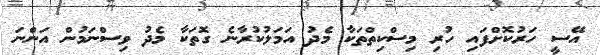
އޭސީ ހަރުކޮށްފައި ހުރި މިސްކިތްތަކާ މެދު އަމަލުކުރާނެ ގޮތަކާ މެދު ވިސްނަމުން އަންނަ